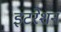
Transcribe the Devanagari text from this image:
इटरेशन